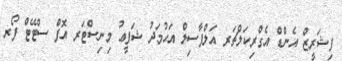
ފިޝަރީޒް އެންޑް އެގްރިކަލްޗަރ އަލްފާސިލް އަޙުމަދު ޝަފީޢު މިނިސްޓަރ އޮފް ސްޓޭޓް ފޯރ